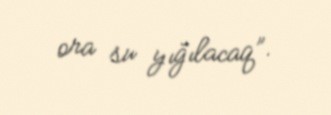
ora su yığılacaq”.